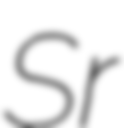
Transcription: Sr